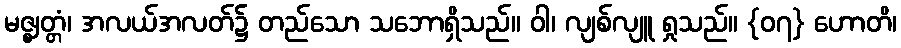
မဇ္ဈတ္တံ၊ အလယ်အလတ်၌ တည်သော သဘောရှိသည်။ ဝါ၊ လျစ်လျူ ရှုသည်။ {၀၇} ဟောတိ၊